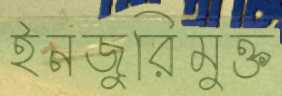
ইনজুরিমুক্ত